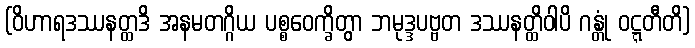
(ဝိဟာရဒဿနတ္ထဒိ အနမတဂ္ဂိယ ပစ္စဝေက္ခိတွာ ဘမုဒ္ဒပဗ္ဗတ ဒဿနတ္ထိဝါပိ ဂန္တုံ ဝဋ္ဋတီတိ)